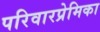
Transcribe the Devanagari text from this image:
परिवारप्रेमिका